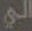
الي